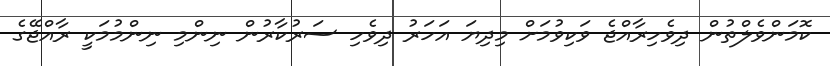
ކޮމަންވެލްތުން ދިވެހިރާއްޖެ ވަކިވުމަށް މިދިޔަ އަހަރު ދިވެހި ސަރުކާރުން ނިންމި ނިންމުމަކީ ރާއްޖޭގެ